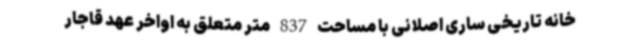
خانه تاریخی ساری اصلانی با مساحت 837 متر متعلق به اواخر عهد قاجار